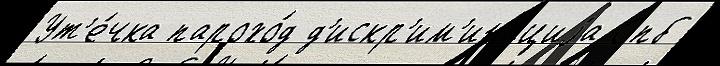
Ут'е́чка парохо́д д'искр'им'ина́циjа Спб